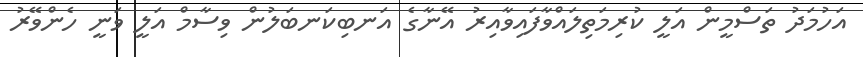
އަހުމަދު ތަސްމީން އަލީ ކުރިމަތިލައްވާފައިވާއިރު އޭނާގެ އަނބިކަނބަލުން ވިސާމް އަލީ ވަނީ ހެންވޭރު